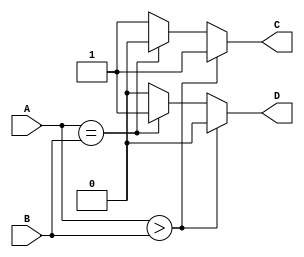
/*Design and simulate a circuit that hastwo2 8 bit inputs 
(A and B) and has two output bits C and D. C is high if if A>B.  D is high if A=B. */

module comperator_main(A,B,C,D);
input [7:0] A;
input [7:0] B;
output C ,D;

wire [7:0] A;     
wire [7:0] B;
reg  C,D;

always@ ( A | B)
begin
  if(A>B)
   begin
   C<=1'b1;
	D<=1'b0;
	end
   else if (A==B)
	begin
   C<=1'b0;
	D<=1'b1;
	end
 else
   begin
   C<=1'b1;
	D<=1'b0;
	end
 
end
endmodule